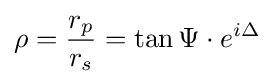
\rho ={\frac {r_{p}}{r_{s}}}=\tan \Psi \cdot e^{i\Delta }